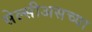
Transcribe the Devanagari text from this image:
सेल्सीअसच्या